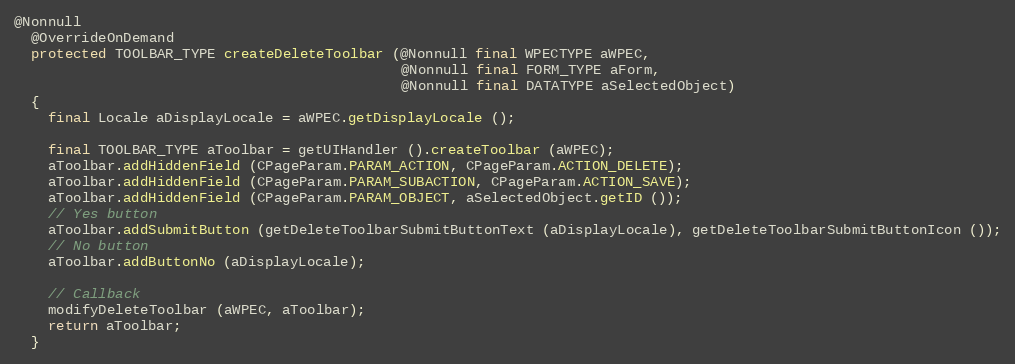
Language: Java
@Nonnull
  @OverrideOnDemand
  protected TOOLBAR_TYPE createDeleteToolbar (@Nonnull final WPECTYPE aWPEC,
                                              @Nonnull final FORM_TYPE aForm,
                                              @Nonnull final DATATYPE aSelectedObject)
  {
    final Locale aDisplayLocale = aWPEC.getDisplayLocale ();

    final TOOLBAR_TYPE aToolbar = getUIHandler ().createToolbar (aWPEC);
    aToolbar.addHiddenField (CPageParam.PARAM_ACTION, CPageParam.ACTION_DELETE);
    aToolbar.addHiddenField (CPageParam.PARAM_SUBACTION, CPageParam.ACTION_SAVE);
    aToolbar.addHiddenField (CPageParam.PARAM_OBJECT, aSelectedObject.getID ());
    // Yes button
    aToolbar.addSubmitButton (getDeleteToolbarSubmitButtonText (aDisplayLocale), getDeleteToolbarSubmitButtonIcon ());
    // No button
    aToolbar.addButtonNo (aDisplayLocale);

    // Callback
    modifyDeleteToolbar (aWPEC, aToolbar);
    return aToolbar;
  }